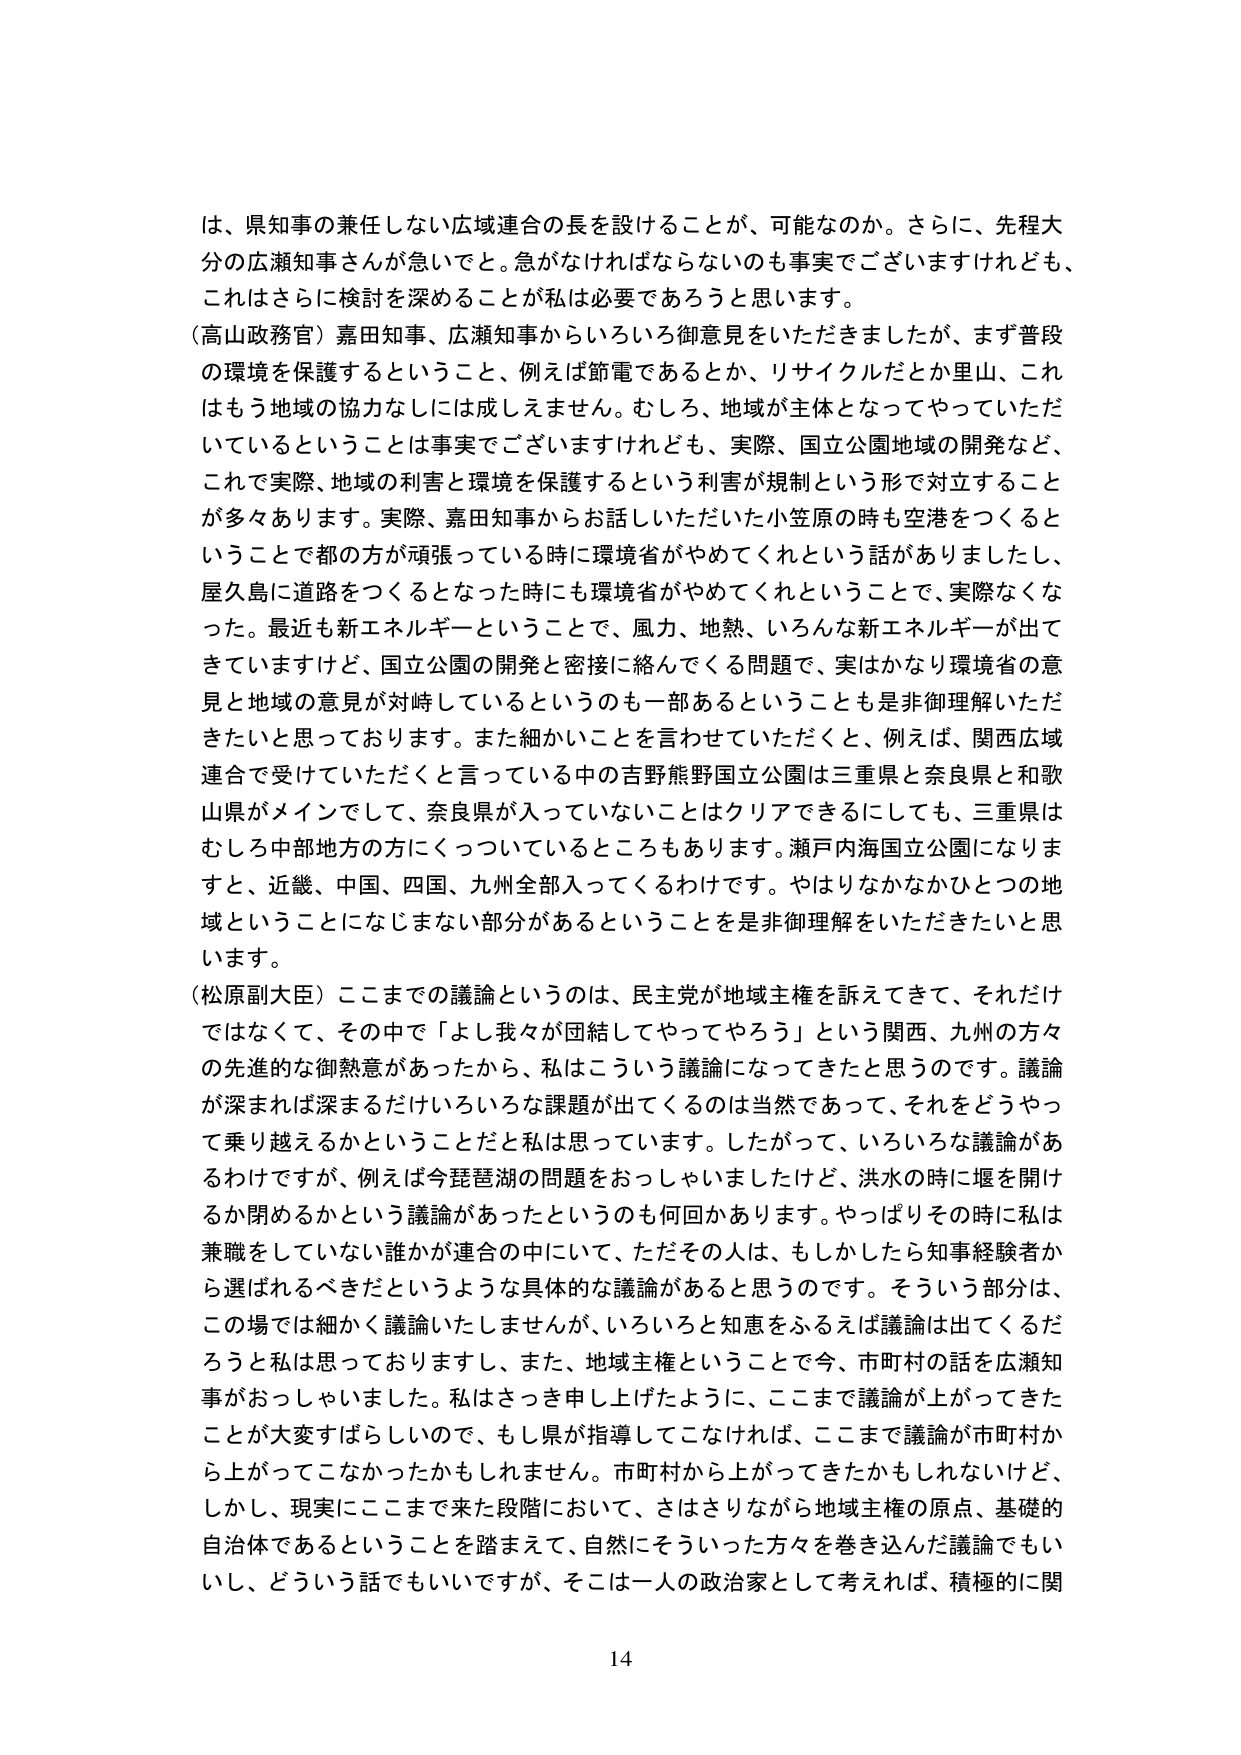
は、県知事の兼任しない広域連合の長を設けることが、可能なのか。さらに、先程大分の広瀬知事さんが急いでて。急がなければならないのも事実でございますけれども、これはさらに検討を深めることが私は必要であろうと思います。

（高山政務官）嘉田知事、広瀬知事からいろいろ御意見をいただきましたが、まず普段の環境を保護するということ、例えば節電であるとか、リサイクルだとか里山、これはもう地域の協力なしには成しえません。むしろ、地域が主体となってやっていただいているということは事実でございますけれども、実際、国立公園地域の開発など、これで実際、地域の利害と環境を保護するという利害が規制という形で対立することが多々あります。実際、嘉田知事からお話しいただいた小笠原の時も空港をつくるということで都の方が頑張っている時に環境省がやめてくれという話がありましたし、屋久島に道路をつくるとなった時にも環境省がやめてくれということで、実際なくなつた。最近も新エネルギーということで、風力、地熱、いろんな新エネルギーが出てきていますけど、国立公園の開発と密接に絡んでくる問題で、実はかなり環境省の意見と地域の意見が対峙しているというのも一部あるということを是非御理解いただきたいと思っております。また細かいことを言わせていただくと、例えば、関西広域連合で受けていただくと言っている中の吉野熊野国立公園は三重県と奈良県と和歌山県がメインでして、奈良県が入っていないことはクリアできるにしても、三重県はむしろ中部地方の方にくっついているところもあります。瀬戸内海国立公園になりますと、近畿、中国、四国、九州全部入ってくるわけです。やはりなかなかひとつの地域ということになじまない部分があるということを是非御理解をいただきたいと思います。

（松原副大臣）ここまでの議論というのは、民主党が地域主権を訴えてきて、それだけではなくて、その中で「よし我々が団結してやってやろう」という関西、九州の方々の先進的な御熱意があったから、私はこういう議論になってきたと思うのです。議論が深まれば深まるだけいろいろな課題が出てくるのは当然であって、それをどうやって乗り越えるかということだと私は思っています。したがって、いろいろな議論があるわけですが、例えば今琵琶湖の問題をおっしゃいましたけど、洪水の時に堰を開けるか閉めるかという議論があったというのも何回かあります。やっぱりその時に私は兼職をしていない誰かが連合の中にいて、ただその人は、もしかしたら知事経験者から選ばれるべきだというような具体的な議論があると思うのです。そういう部分は、この場では細かく議論いたしませんが、いろいろと知恵をふるえば議論は出てくるだろうと私は思っておりますし、また、地域主権ということで今、市町村の話を広瀬知事がおっしゃいました。私はさっき申し上げたように、ここまで議論が上がってきたことが大変すばらしいので、もし県が指導してこなければ、ここまで議論が市町村から上がってこなかったかもしれません。市町村から上がってきたかもしれないけど、しかし、現実にここまで来た段階において、さはさりながら地域主権の原点、基礎的自治体であるということを踏まえて、自然にそういった方々を巻き込んだ議論でもいいし、どういう話でもいいですが、そこは一人の政治家として考えれば、積極的に関

14